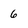
Character: 6